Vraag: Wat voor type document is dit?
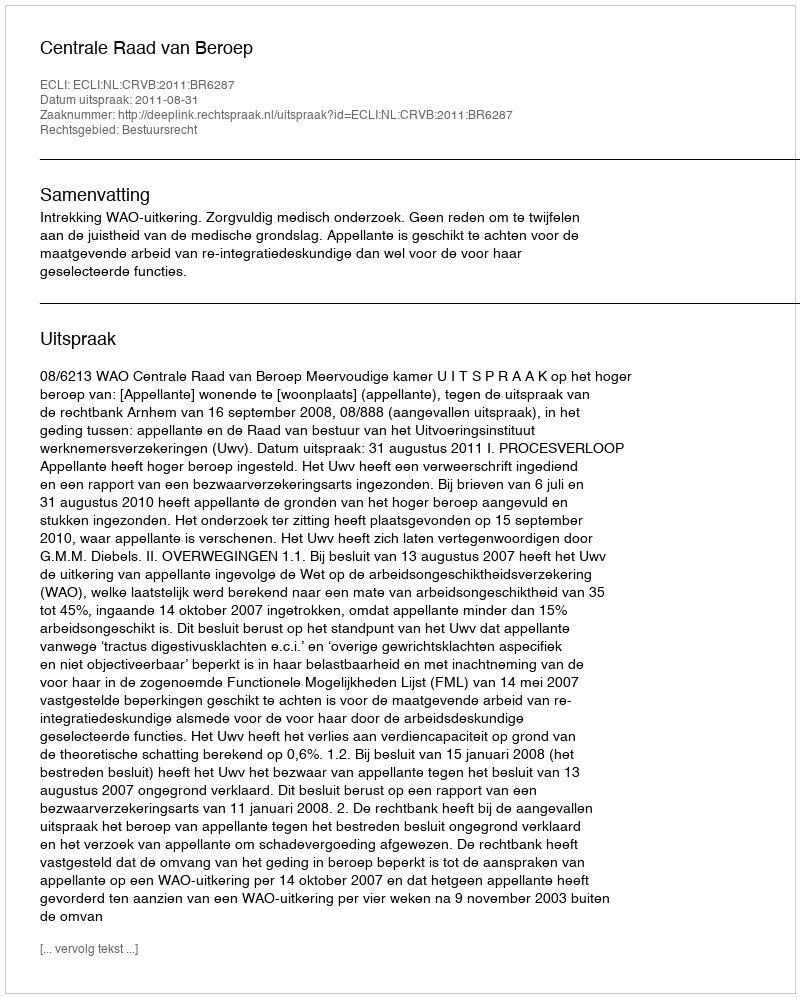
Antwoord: Uitspraak